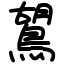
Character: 鶦